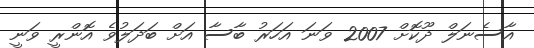
އާސެނަލް ދޫކޮށް 2007 ވަނަ އަހަރު ބާސާ އަށް ބަދަލުވެ އޮންރީ ވަނީ